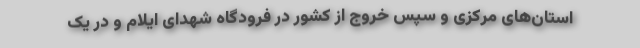
استان‌های مرکزی و سپس خروج از کشور در فرودگاه شهدای ایلام و در یک